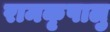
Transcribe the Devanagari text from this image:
रामकृपालु